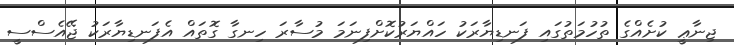
ޖިނާޢީ ކުށެއްގެ ތުހުމަތުގައި ފަނޑިޔާރަކު ހައްޔަރުކޮށްފިނަމަ މުސާރަ ހިނގާ ގޮތައް އެފަނޑިޔާރަކު ޖޭއެސްސީ